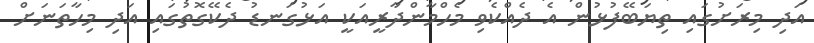
އަދި މިރަށުގައި ތިޔަބޭފުޅުން އެ ދެއްކެވި މެހްމާންދާރީއަކީ އަޅުގަނޑު ދެކޭގޮތުގައި އަދި މިހާތަނަށް